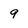
Character: 9